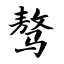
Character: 骜